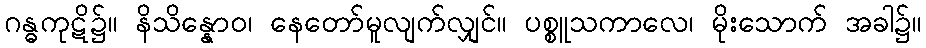
ဂန္ဓကုဋိ၌။ နိသိန္နောဝ၊ နေတော်မူလျက်လျှင်။ ပစ္စူသကာလေ၊ မိုးသောက် အခါ၌။